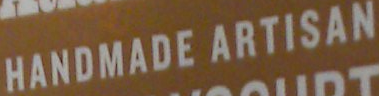
HANDMADE ARTISAN